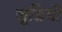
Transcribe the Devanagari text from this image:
जूडियो